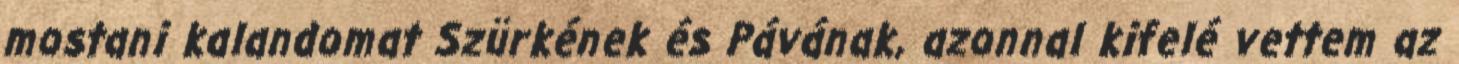
mostani kalandomat Szürkének és Pávának, azonnal kifelé vettem az